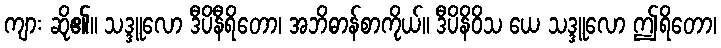
ကျား ဆို၏။ သဒ္ဒူလော ဒီပိနီရိတော၊ အဘိဓာန်စာကိုယ်။ ဒီပိနိဝိသ ယေ သဒ္ဒူလော ဤရိတော၊